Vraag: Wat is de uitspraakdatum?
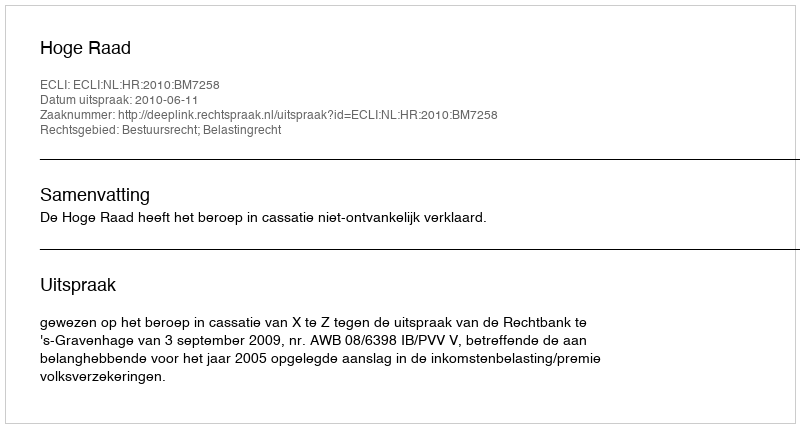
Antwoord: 2010-06-11